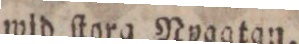
wid ſtora Nygatan.